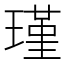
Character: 瑾